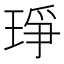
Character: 琤